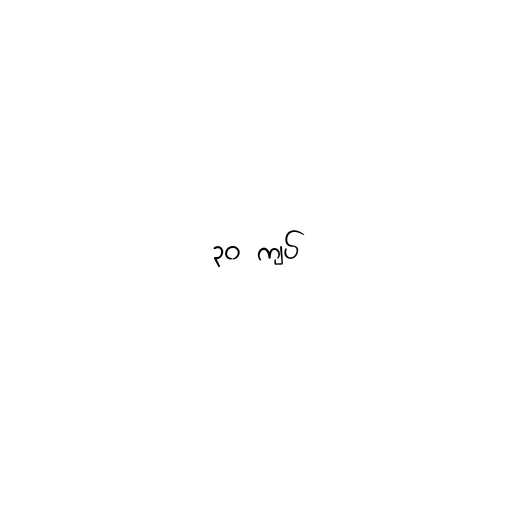
၃၀ ကျပ်